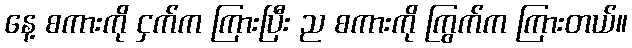
နေ့ စကားကို ငှက်က ကြားပြီး ည စကားကို ကြွက်က ကြားတယ်။